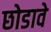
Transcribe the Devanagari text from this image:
छोडावे